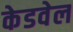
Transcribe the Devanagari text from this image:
केडवेल